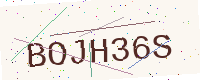
Text: BOJH36S